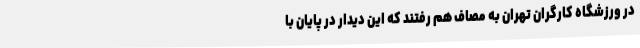
در ورزشگاه کارگران تهران به مصاف هم رفتند که این دیدار در پایان با